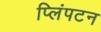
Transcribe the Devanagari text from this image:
प्लिंपटन